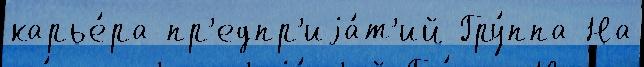
карье́ра пр'едпр'иjа́т'ий Гру́ппа На